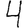
Digit: 4